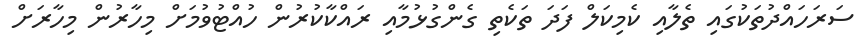
ސަރަހައްދުތަކުގައި ތެލާއި ކެމިކަލް ފަދަ ތަކެތި ގެންގުޅުމާއި ރައްކާކުރުން ހުއްޓުވުމަށް މިހާރުން މިހާރަށް